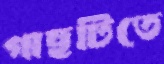
গাছটিতে